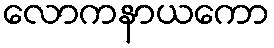
လောကနာယကော